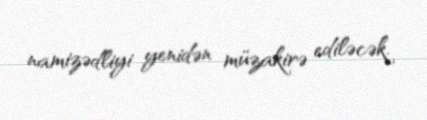
namizədliyi yenidən müzakirə ediləcək.